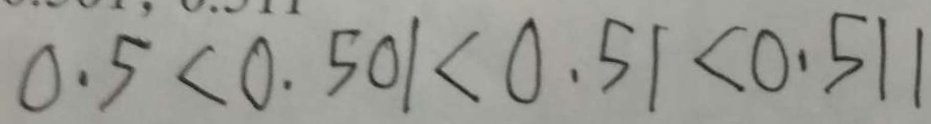
0 . 5 < 0 . 5 0 1 < 0 . 5 1 < 0 . 5 1 1